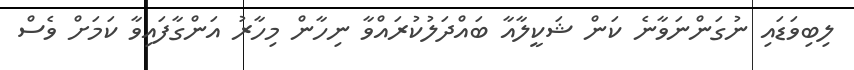
ލިބިވަޑައި ނުގަންނަވާނެ ކަން ޝަކީލާއާ ބައްދަލުކުރައްވާ ނިހާން މިހާރު އަންގާފައިވާ ކަމަށް ވެސް